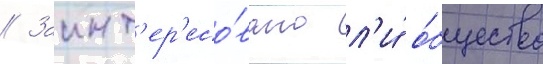
// Заинт'ер'есо́вано л'и́ о́бщество